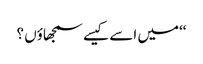
‘‘میں اسے کیسے سمجھاؤں ؟